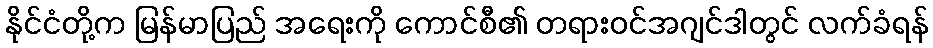
နိုင်ငံတို့က မြန်မာပြည် အရေးကို ကောင်စီ၏ တရားဝင်အဂျင်ဒါတွင် လက်ခံရန်